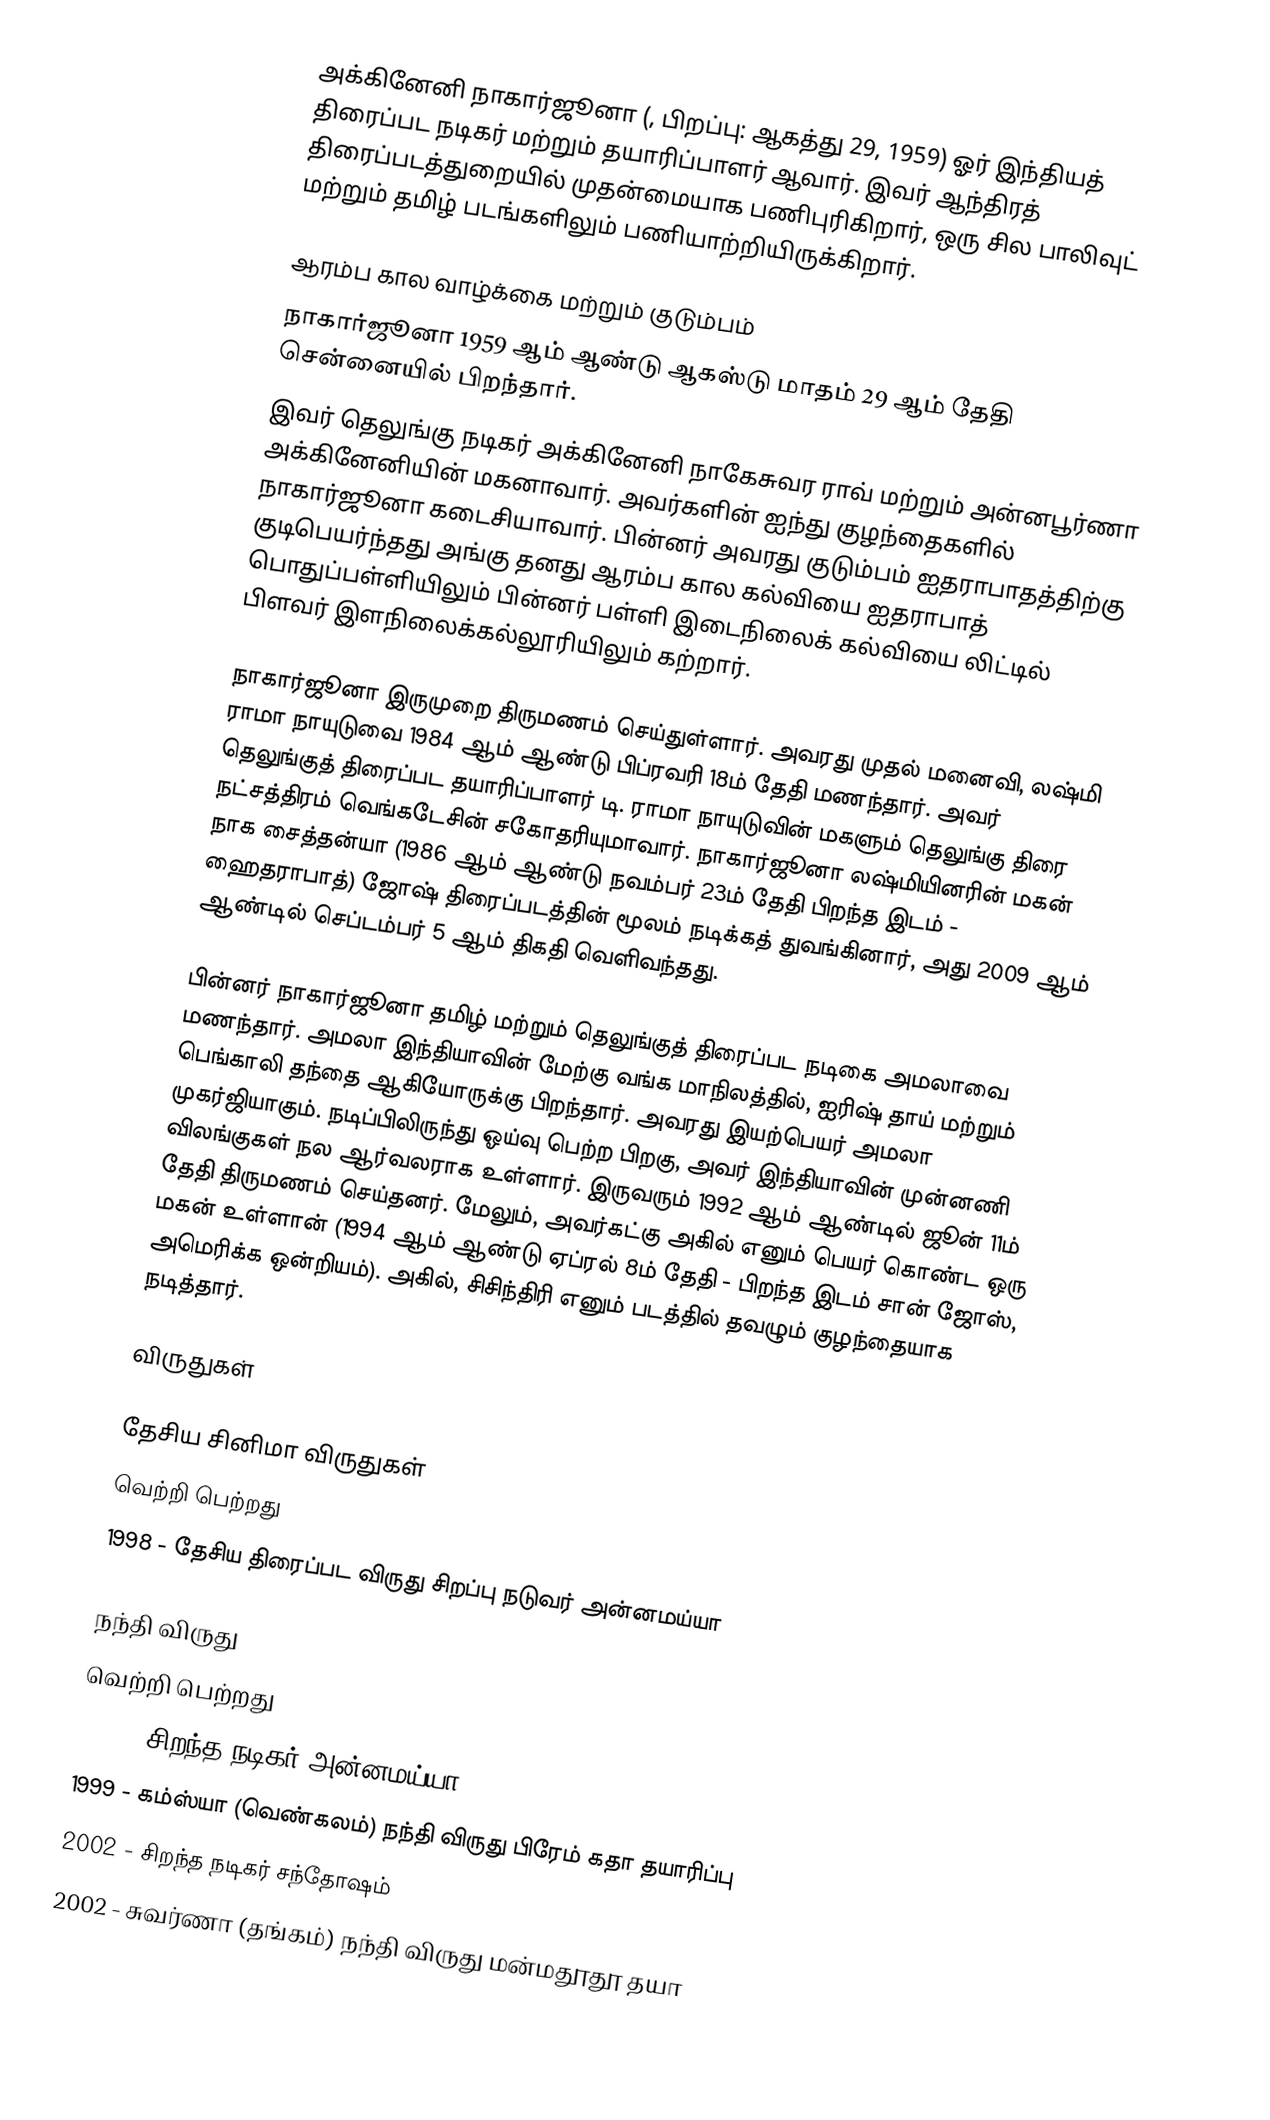
அக்கினேனி நாகார்ஜூனா (, பிறப்பு: ஆகத்து 29, 1959) ஓர் இந்தியத் திரைப்பட நடிகர் மற்றும் தயாரிப்பாளர் ஆவார். இவர் ஆந்திரத் திரைப்படத்துறையில் முதன்மையாக பணிபுரிகிறார், ஒரு சில பாலிவுட் மற்றும் தமிழ் படங்களிலும் பணியாற்றியிருக்கிறார்.

ஆரம்ப கால வாழ்க்கை மற்றும் குடும்பம்
நாகார்ஜூனா 1959 ஆம் ஆண்டு ஆகஸ்டு மாதம் 29 ஆம் தேதி சென்னையில் பிறந்தார்.
இவர் தெலுங்கு நடிகர் அக்கினேனி நாகேசுவர ராவ் மற்றும் அன்னபூர்ணா அக்கினேனியின் மகனாவார். அவர்களின் ஐந்து குழந்தைகளில் நாகார்ஜூனா கடைசியாவார். பின்னர் அவரது குடும்பம் ஐதராபாதத்திற்கு குடிபெயர்ந்தது அங்கு தனது ஆரம்ப கால கல்வியை ஐதராபாத் பொதுப்பள்ளியிலும் பின்னர் பள்ளி இடைநிலைக் கல்வியை லிட்டில் பிளவர் இளநிலைக்கல்லூரியிலும் கற்றார்.

நாகார்ஜூனா இருமுறை திருமணம் செய்துள்ளார். அவரது முதல் மனைவி, லஷ்மி ராமா நாயுடுவை 1984 ஆம் ஆண்டு பிப்ரவரி 18ம் தேதி மணந்தார். அவர் தெலுங்குத் திரைப்பட தயாரிப்பாளர் டி. ராமா நாயுடுவின் மகளும் தெலுங்கு திரை நட்சத்திரம் வெங்கடேசின் சகோதரியுமாவார். நாகார்ஜூனா லஷ்மியினரின் மகன் நாக சைத்தன்யா (1986 ஆம் ஆண்டு நவம்பர் 23ம் தேதி பிறந்த இடம் - ஹைதராபாத்) ஜோஷ் திரைப்படத்தின் மூலம் நடிக்கத் துவங்கினார், அது 2009 ஆம் ஆண்டில் செப்டம்பர் 5 ஆம் திகதி வெளிவந்தது.

பின்னர் நாகார்ஜூனா தமிழ் மற்றும் தெலுங்குத் திரைப்பட நடிகை அமலாவை மணந்தார். அமலா இந்தியாவின் மேற்கு வங்க மாநிலத்தில், ஐரிஷ் தாய் மற்றும் பெங்காலி தந்தை ஆகியோருக்கு பிறந்தார். அவரது இயற்பெயர் அமலா முகர்ஜியாகும். நடிப்பிலிருந்து ஓய்வு பெற்ற பிறகு, அவர் இந்தியாவின் முன்னணி விலங்குகள் நல ஆர்வலராக உள்ளார். இருவரும் 1992 ஆம் ஆண்டில் ஜூன் 11ம் தேதி திருமணம் செய்தனர். மேலும், அவர்கட்கு அகில் எனும் பெயர் கொண்ட ஒரு மகன் உள்ளான் (1994 ஆம் ஆண்டு ஏப்ரல் 8ம் தேதி - பிறந்த இடம் சான் ஜோஸ், அமெரிக்க ஒன்றியம்). அகில், சிசிந்திரி எனும் படத்தில் தவழும் குழந்தையாக நடித்தார்.

விருதுகள்

தேசிய சினிமா விருதுகள்
வெற்றி பெற்றது
 1998 - தேசிய திரைப்பட விருது சிறப்பு நடுவர் அன்னமய்யா

நந்தி விருது
வெற்றி பெற்றது
 1997 - சிறந்த நடிகர் அன்னமய்யா
 1999 - கம்ஸ்யா (வெண்கலம்) நந்தி விருது பிரேம் கதா தயாரிப்பு
 2002 - சிறந்த நடிகர் சந்தோஷம்
 2002 - சுவர்ணா (தங்கம்) நந்தி விருது மன்மதூதூ தயா